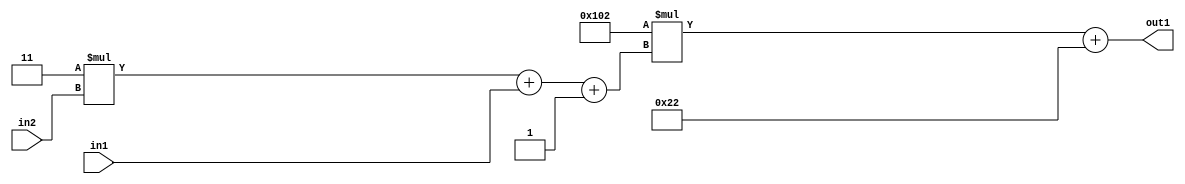
`timescale 1ps / 1ps
/*****************************************************************************
    Verilog RTL Description
    
    
    Created by: Stratus DpOpt 2019.1.01 
*******************************************************************************/

module DC_Filter_Add2i34Mul2i258Add3i1u1Mul2i3u2_1 (
	in2,
	in1,
	out1
	); /* architecture "behavioural" */ 
input [1:0] in2;
input  in1;
output [11:0] out1;
wire [11:0] asc001;
wire [3:0] asc002;

wire [3:0] asc002_tmp_0;
wire [3:0] asc002_tmp_1;
assign asc002_tmp_1 = 
	+(4'B0011 * in2);
assign asc002_tmp_0 = asc002_tmp_1
	+(in1);
assign asc002 = asc002_tmp_0
	+(4'B0001);

wire [11:0] asc001_tmp_2;
assign asc001_tmp_2 = 
	+(12'B000100000010 * asc002);
assign asc001 = asc001_tmp_2
	+(12'B000000100010);

assign out1 = asc001;
endmodule

/* CADENCE  vrP1Tgw= : u9/ySgnWtBlWxVPRXgAZ4Og= ** DO NOT EDIT THIS LINE ******/